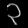
Digit: ၃